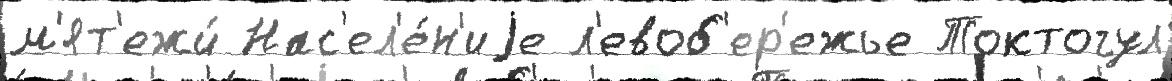
м'ят'ежи́ Нас'ел'е́н'иjе л'евоб'ер'ежье Токтогул